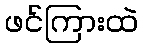
ဖင်ကြားထဲ